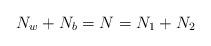
LaTeX: \begin{align*}N_{w}+N_{b}=N=N_{1}+N_{2}\end{align*}